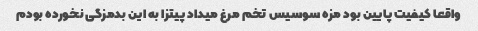
واقعا کیفیت پایین بود مزه سوسیس تخم مرغ میداد پیتزا به این بدمزگی نخورده بودم